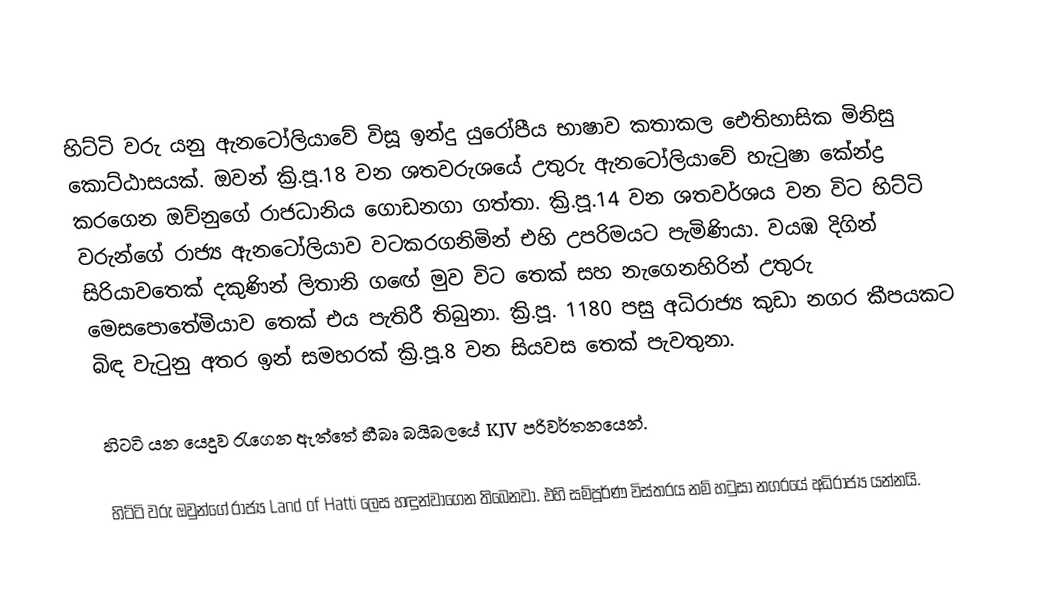
හිට්ටි වරු යනු ඇනටෝලියාවේ විසූ ඉන්දු යුරෝපීය භාෂාව කතාකල ඓතිහාසික මිනිසු කොට්ඨාසයක්. ඔවන් ක්‍රි.පූ.18 වන ශතවරුශයේ උතුරු ඇනටෝලියාවේ හැටුෂා කේන්ද්‍ර කරගෙන ඔව්නුගේ රාජධානිය ගොඩනගා ගත්තා. ක්‍රි.පූ.14 වන ශතවර්ශය වන විට හිට්ටි වරුන්ගේ රාජ්‍ය ඇනටෝලියාව වටකරගනිමින් එහි උපරිමයට පැමිණියා. වයඹ දිගින් සිරියාවතෙක් දකුණින් ලිතානි ගඟේ මුව විට තෙක් සහ නැගෙනහිරින් උතුරු මෙසපොතේමියාව තෙක් එය පැතිරී තිබුනා. ක්‍රි.පූ. 1180 පසු අධිරාජ්‍ය කුඩා නගර කීපයකට බිඳ වැටුනු අතර ඉන් සමහරක් ක්‍රි.පූ.8 වන සියවස තෙක් පැවතුනා.

හිටටි යන යෙදුව රැගෙන ඇත්තේ හීබෘ බයිබලයේ KJV පරිවර්තනයෙන්.

හිට්ටි වරු ඔවුන්ගේ රාජ්‍ය Land of Hatti ලෙස හඳුන්වාගෙන තිබෙනවා. එහි සම්පූර්ණ විස්තරය නම් හටුසා නගරයේ අධිරාජ්‍ය යන්නයි.